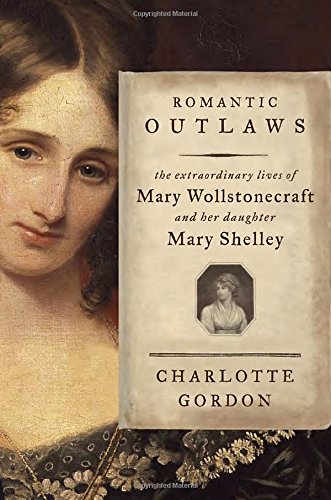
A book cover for Romantic Outlaws: The Extraordinary Lives of Mary Wollstonecraft and Her Daughter Mary Shelley; Charlotte Gordon; Literature & Fiction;